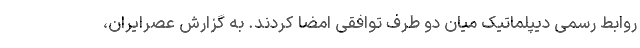
روابط رسمی دیپلماتیک میان دو طرف توافقی امضا کردند. به گزارش عصرایران،